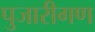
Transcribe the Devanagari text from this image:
पुजारीगण